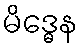
မိဒ္ဓေန